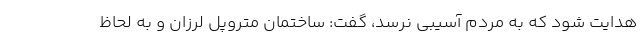
هدایت شود که به مردم آسیبی نرسد، گفت: ساختمان متروپل لرزان و به لحاظ